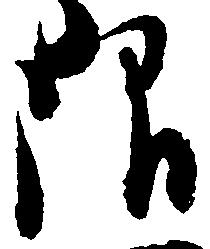
限